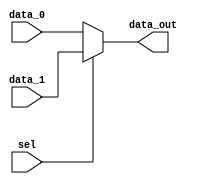
module mux2to1 #(parameter data_width = 8)(
    input wire [data_width-1:0] data_0,
    input wire [data_width-1:0] data_1,
    input wire sel,
    output wire [data_width-1:0] data_out
);
    assign data_out = (sel) ? data_1 : data_0;

endmodule

module mux9to1(
    input [143:0] data_in,
    input [3:0] select,                        
    output reg [15:0] data_out
);

    always @*
        case (select)
            4'b0000: data_out = data_in[15:0];
            4'b0001: data_out = data_in[31:16];
            4'b0010: data_out = data_in[47:32];
            4'b0011: data_out = data_in[63:48];
            4'b0100: data_out = data_in[79:64];
            4'b0101: data_out = data_in[95:80];
            4'b0110: data_out = data_in[111:96];
            4'b0111: data_out = data_in[127:112];
            4'b1000: data_out = data_in[143:128];
        endcase

endmodule

module sign_extend #(parameter from_size = 8, parameter to_size = 16)(
    input [from_size-1:0] data_in,
    output [to_size-1:0] data_out
);
    assign data_out = {{to_size - from_size{data_in[from_size-1]}}, data_in};

endmodule

module incrementer #(parameter data_width = 10)(
    input [data_width-1:0] in,
    output [data_width-1:0] out
);
    assign out = in + 1;

endmodule